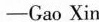
-Gao Xin